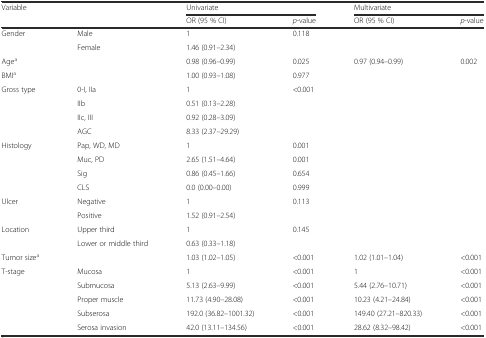
| <ROWSPAN=2-COLSPAN=2> Variable | <COLSPAN=2> Univariate | <COLSPAN=2> Multivariate |
 | OR (95 % CI) | p-value | OR (95 % CI) | p-value |
 | --- | --- | --- | --- | --- | --- |
 | Gender | Male | 1 | 0.118 |  |  |
 |  | Female | 1.46 (0.91–2.34) |  |  |  |
 | Agea |  | 0.98 (0.96–0.99) | 0.025 | 0.97 (0.94–0.99) | 0.002 |
 | BMIa |  | 1.00 (0.93–1.08) | 0.977 |  |  |
 | Gross type | 0-I, IIa | 1 | <0.001 |  |  |
 |  | IIb | 0.51 (0.13–2.28) |  |  |  |
 |  | IIc, III | 0.92 (0.28–3.09) |  |  |  |
 |  | AGC | 8.33 (2.37–29.29) |  |  |  |
 | Histology | Pap, WD, MD | 1 | 0.001 |  |  |
 |  | Muc, PD | 2.65 (1.51–4.64) | 0.001 |  |  |
 |  | Sig | 0.86 (0.45–1.66) | 0.654 |  |  |
 |  | CLS | 0.0 (0.00–0.00) | 0.999 |  |  |
 | Ulcer | Negative | 1 | 0.113 |  |  |
 |  | Positive | 1.52 (0.91–2.54) |  |  |  |
 | Location | Upper third | 1 | 0.145 |  |  |
 |  | Lower or middle third | 0.63 (0.33–1.18) |  |  |  |
 | Tumor sizea |  | 1.03 (1.02–1.05) | <0.001 | 1.02 (1.01–1.04) | <0.001 |
 | T-stage | Mucosa | 1 | <0.001 | 1 | <0.001 |
 |  | Submucosa | 5.13 (2.63–9.99) | <0.001 | 5.44 (2.76–10.71) | <0.001 |
 |  | Proper muscle | 11.73 (4.90–28.08) | <0.001 | 10.23 (4.21–24.84) | <0.001 |
 |  | Subserosa | 192.0 (36.82–1001.32) | <0.001 | 149.40 (27.21–820.33) | <0.001 |
 |  | Serosa invasion | 42.0 (13.11–134.56) | <0.001 | 28.62 (8.32–98.42) | <0.001 |